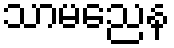
သာမညေန